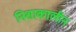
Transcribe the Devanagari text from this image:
निशाकालीन